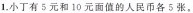
1.小丁有5元和10元面值的人民币各5张，